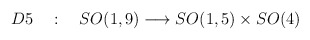
\begin{align*}D5 \quad : \quad SO(1,9) \longrightarrow SO(1,5) \times SO(4)\end{align*}